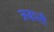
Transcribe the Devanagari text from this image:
जबाली